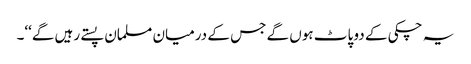
یہ چکی کے دو پاٹ ہوں گے جس کے درمیان مسلمان پستے رہیں گے‘‘۔